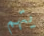
يتهم